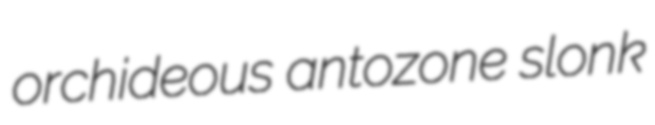
orchideous antozone slonk